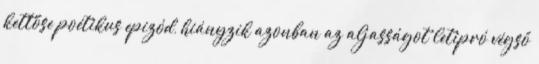
kettőse poétikus epizód, hiányzik azonban az aljasságot letipró végső